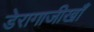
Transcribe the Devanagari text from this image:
डेरागाजीखाँ